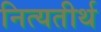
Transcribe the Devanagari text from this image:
नित्यतीर्थ